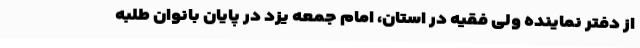
از دفتر نماینده ولی فقیه در استان، امام جمعه یزد در پایان بانوان طلبه